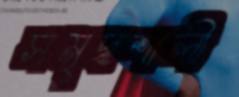
সমৃদ্ধশালী